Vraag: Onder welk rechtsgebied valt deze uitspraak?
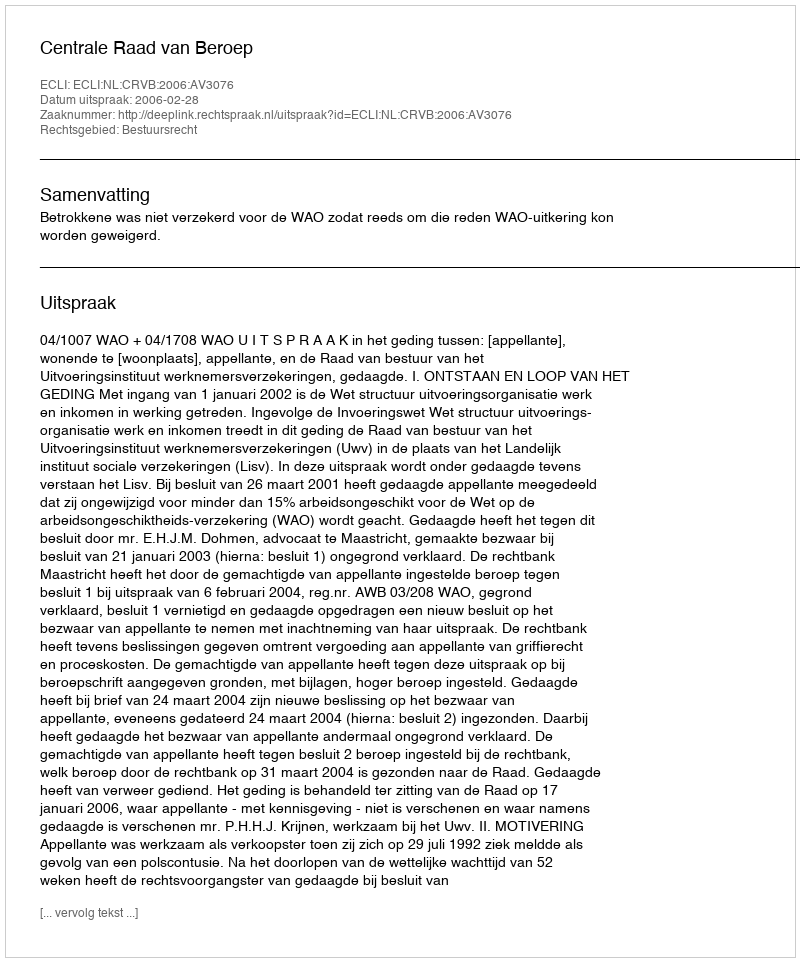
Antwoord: Bestuursrecht